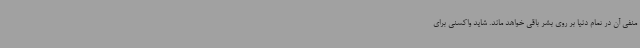
منفی آن در تمام دنیا بر روی بشر باقی خواهد ماند. شاید واکسنی برای